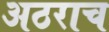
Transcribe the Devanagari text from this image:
अठराच